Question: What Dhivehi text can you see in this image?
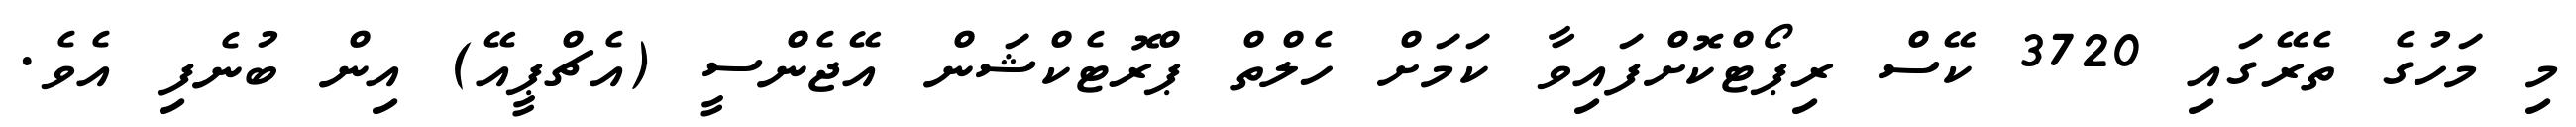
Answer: މި މަހުގެ ތެރޭގައި 3720 ކޭސް ރިޕޯޓްކޮށްފައިވާ ކަމަށް ހެލްތް ޕްރޮޓެކްޝަން އޭޖެންސީ (އެޗްޕީއޭ) އިން ބުނެފި އެވެ.